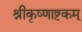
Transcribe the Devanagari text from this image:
श्रीकृष्णाष्टकम्‌